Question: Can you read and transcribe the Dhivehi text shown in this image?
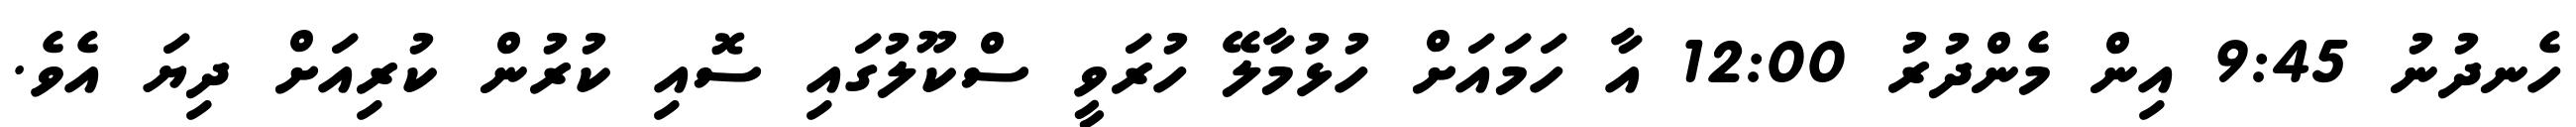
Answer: ހެނދުނު 9:45 އިން މެންދުރު 12:00 އާ ހަމައަށް ހުޅުމާލޭ ހުރަވީ ސްކޫލުގައި ސޮއި ކުރުން ކުރިއަށް ދިޔަ އެވެ.